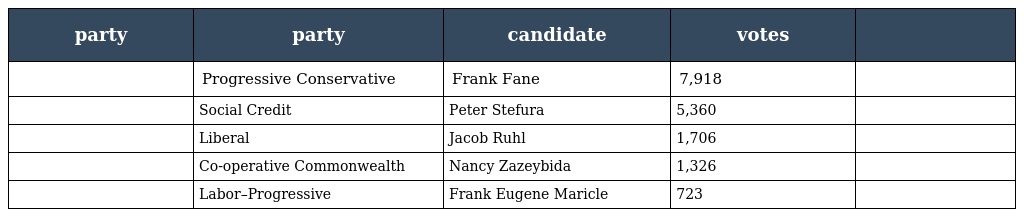
| party | party | candidate | votes |  |
 | --- | --- | --- | --- | --- |
 |  | Progressive Conservative | Frank Fane | 7,918 |  |
 |  | Social Credit | Peter Stefura | 5,360 |  |
 |  | Liberal | Jacob Ruhl | 1,706 |  |
 |  | Co-operative Commonwealth | Nancy Zazeybida | 1,326 |  |
 |  | Labor–Progressive | Frank Eugene Maricle | 723 |  |